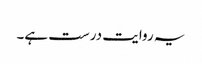
یہ روایت درست ہے۔